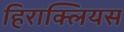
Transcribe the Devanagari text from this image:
हिराक्लियस